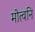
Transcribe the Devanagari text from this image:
मोत्वनि